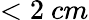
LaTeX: <2~cm